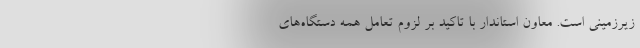
زیرزمینی است. معاون استاندار با تاکید بر لزوم تعامل همه دستگاه‌های